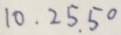
1 0 . 2 5 . 5 0